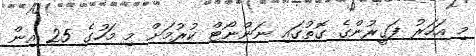
މި އަހަރު ފަގީރުންގެ ގޮތުގައި ނަންނޯޓް ކުރުމަށް މި މަހުގެ 25 އިން